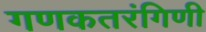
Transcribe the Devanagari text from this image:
गणकतरंगिणी